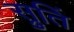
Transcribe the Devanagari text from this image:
स्रुतिं